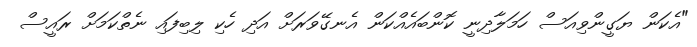
"އެކަން ޔަގީންވިއަސް ހަމަލާދިނީ ކޮންބައެއްކަން އެނގޭވަރަށް އަދި ހެކި ލިބިފައި ނެތްކަމަށް ރައީސް